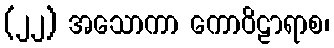
(၂၂) အသောကာ ကောဝိဠာရာစ၊